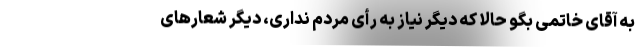
به آقای خاتمی بگو حالا که دیگر نیاز به رأی مردم نداری، دیگر شعارهای